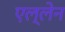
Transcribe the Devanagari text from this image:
एल्लेन